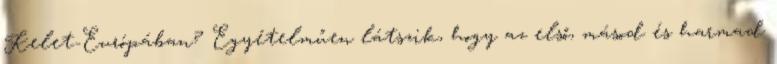
Kelet-Európában? Egyételműen látszik, hogy az első, másod és harmad